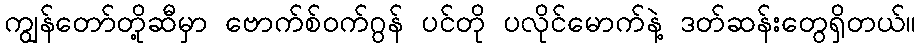
ကျွန်တော်တို့ဆီမှာ ဗောက်စ်ဝက်ဂွန် ပင်တို ပလိုင်မောက်နဲ့ ဒတ်ဆန်းတွေရှိတယ်။